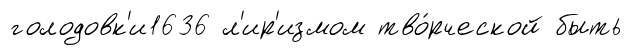
голодовк'и1636 л'ир'измом тво́рческой быть